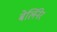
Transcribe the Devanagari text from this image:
बेर्लिनेर